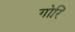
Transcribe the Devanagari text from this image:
गोरि